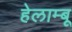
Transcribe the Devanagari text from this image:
हेलाम्बू